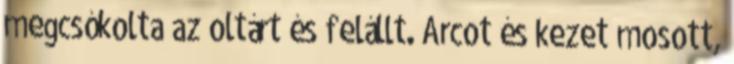
megcsókolta az oltárt és felállt. Arcot és kezet mosott,